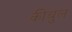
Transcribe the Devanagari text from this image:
कीबुल